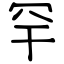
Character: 罕